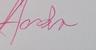
Signature authenticity: genuine